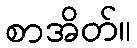
စာအိတ်။